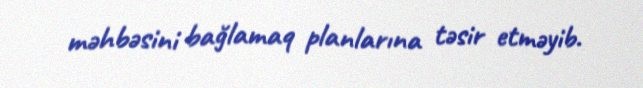
məhbəsini bağlamaq planlarına təsir etməyib.